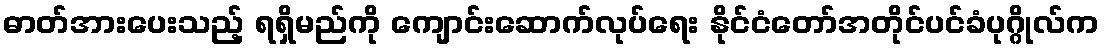
ဓာတ်အားပေးသည့် ရရှိမည်ကို ကျောင်းဆောက်လုပ်ရေး နိုင်ငံတော်အတိုင်ပင်ခံပုဂ္ဂိုလ်က